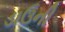
ડાઉની